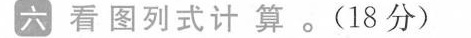
六 看图列式计算。(18分)